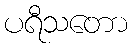
ပရီသတော